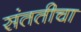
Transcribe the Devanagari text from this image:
संततीचा